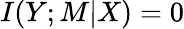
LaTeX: I(Y;M\vert X)=0